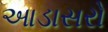
આડાસરો